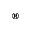
^ { ® }